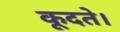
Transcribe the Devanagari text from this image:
कूदते।